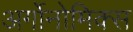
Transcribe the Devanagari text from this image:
अर्गोनोमिक्स